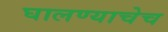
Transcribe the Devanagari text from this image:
घालण्याचेच